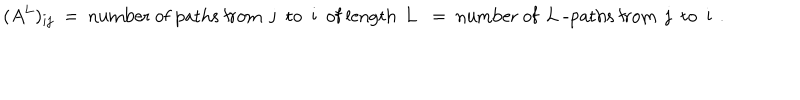
( A ^ { L } ) _ { i j } ~ = ~ \mathrm { n u m b e r ~ o f ~ p a t h s ~ f r o m ~ j ~ t o ~ i ~ o f ~ l e n g t h ~ L ~ } ~ = ~ \mathrm { n u m b e r ~ o f ~ L ~ - p a t h s ~ f r o m ~ j ~ t o ~ i ~ } \, .